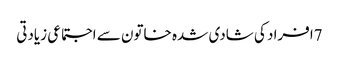
7افراد کی شادی شدہ خاتون سے اجتماعی زیادتی